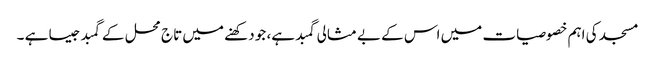
مسجد کی اہم خصوصیات میں اس کے بے مثالی گمبد ہے، جو دکھنے میں تاج محل کے گمبد جیسا ہے ۔